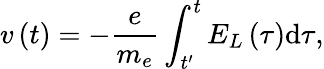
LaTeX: v\left(t\right)=-\frac{e}{m_{e}}\int_{t^{\prime}}^{t}E_{L}\left(\tau\right)\mathrm{d}\tau,